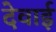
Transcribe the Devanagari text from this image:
देवाई